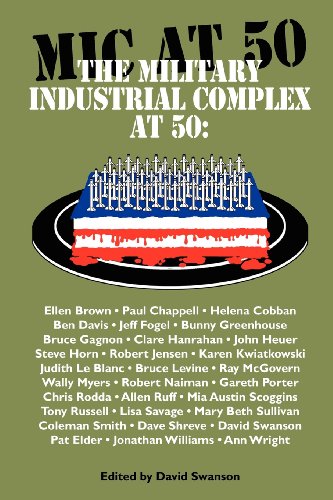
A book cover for The Military Industrial Complex at 50; Business & Money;